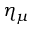
\eta _ { \mu }